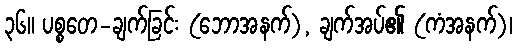
၃၆။ ပစ္စတေ-ချက်ခြင်း (ဘောအနက်), ချက်အပ်၏ (ကံအနက်)၊